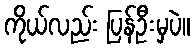
ကိုယ်လည်း ပြန်ဦးမှပဲ။